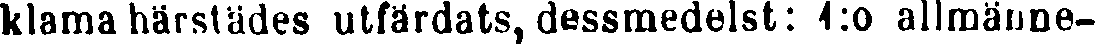
klama härstädes utfärdats, dessmedelst: 1:0 allmänne-